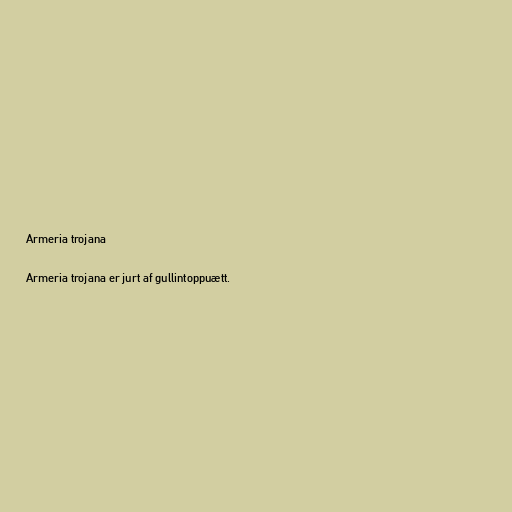
Armeria trojana

Armeria trojana er jurt af gullintoppuætt.